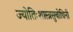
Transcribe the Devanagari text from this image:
ज्योतिःशास्त्रसुबोधिनी